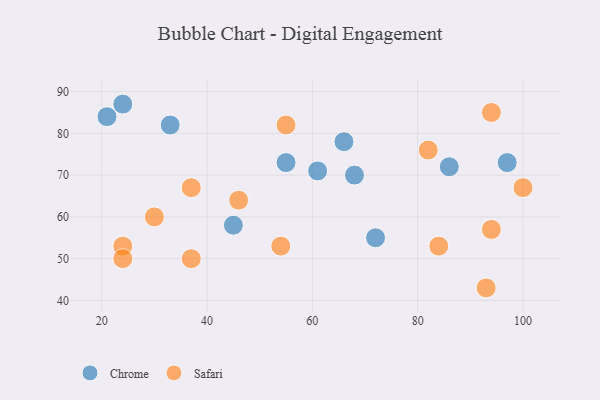
{"axis": {"x": "GDP", "y": "Life Expectancy"}, "legend": ["Chrome", "Safari"], "data": [{"x": "97", "y": 73, "type": "Chrome"}, {"x": "66", "y": 78, "type": "Chrome"}, {"x": "68", "y": 70, "type": "Chrome"}, {"x": "55", "y": 73, "type": "Chrome"}, {"x": "33", "y": 82, "type": "Chrome"}, {"x": "21", "y": 84, "type": "Chrome"}, {"x": "86", "y": 72, "type": "Chrome"}, {"x": "72", "y": 55, "type": "Chrome"}, {"x": "61", "y": 71, "type": "Chrome"}, {"x": "45", "y": 58, "type": "Chrome"}, {"x": "24", "y": 87, "type": "Chrome"}, {"x": "30", "y": 60, "type": "Safari"}, {"x": "84", "y": 53, "type": "Safari"}, {"x": "37", "y": 67, "type": "Safari"}, {"x": "54", "y": 53, "type": "Safari"}, {"x": "94", "y": 57, "type": "Safari"}, {"x": "37", "y": 50, "type": "Safari"}, {"x": "24", "y": 53, "type": "Safari"}, {"x": "94", "y": 85, "type": "Safari"}, {"x": "100", "y": 67, "type": "Safari"}, {"x": "46", "y": 64, "type": "Safari"}, {"x": "24", "y": 50, "type": "Safari"}, {"x": "55", "y": 82, "type": "Safari"}, {"x": "82", "y": 76, "type": "Safari"}, {"x": "93", "y": 43, "type": "Safari"}]}